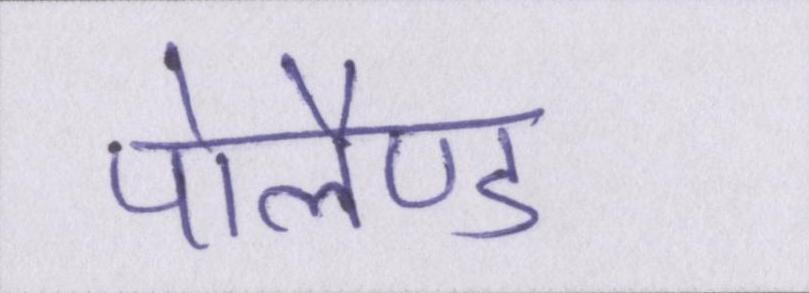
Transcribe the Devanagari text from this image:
पोलैण्ड